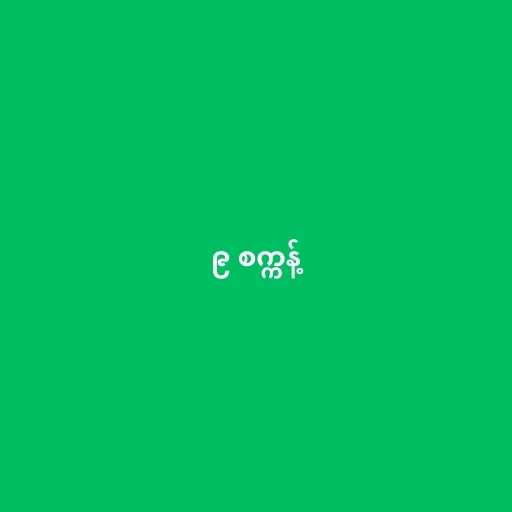
၉ စက္ကန့်